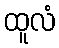
ထူလံ